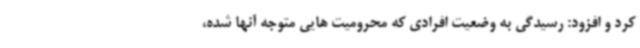
کرد و افزود: رسیدگی به وضعیت افرادی که محرومیت هایی متوجه آنها شده،